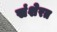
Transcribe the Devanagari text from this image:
संशेरत